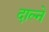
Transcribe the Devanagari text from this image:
दाल्ने